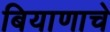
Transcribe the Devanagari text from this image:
बियाणाचे